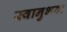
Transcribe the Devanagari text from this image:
स्वानुभवः